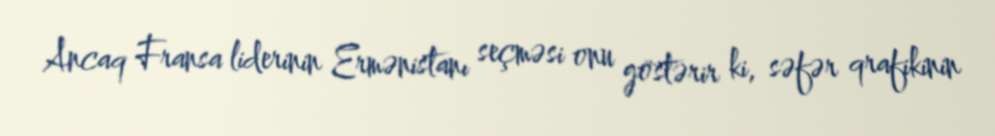
Ancaq Fransa liderinin Ermənistanı seçməsi onu göstərir ki, səfər qrafikinin